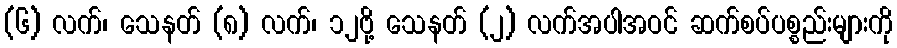
(၆) လက်၊ သေနတ် (၈) လက်၊ ၁၂ဗို့ သေနတ် (၂) လက်အပါအဝင် ဆက်စပ်ပစ္စည်းများကို